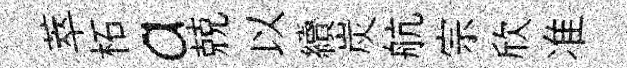
萃柘a兢以續炭航宗欣准